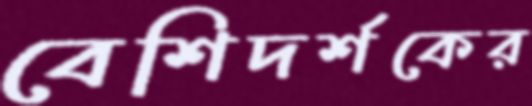
বেশিদর্শকের